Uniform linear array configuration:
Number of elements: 48
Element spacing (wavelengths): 0.75
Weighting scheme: kaiser
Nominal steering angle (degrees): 30
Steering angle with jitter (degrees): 31.708
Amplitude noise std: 0.05
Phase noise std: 0.05

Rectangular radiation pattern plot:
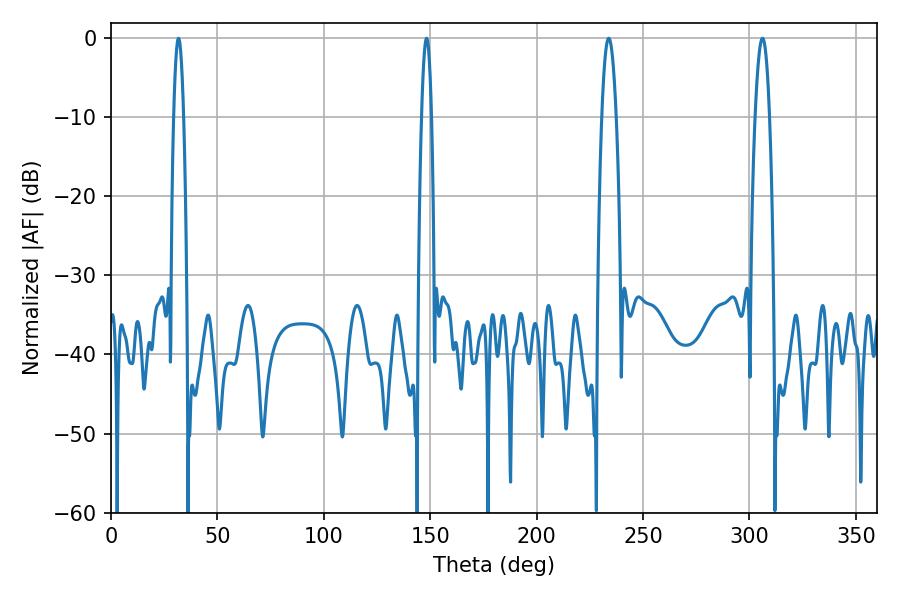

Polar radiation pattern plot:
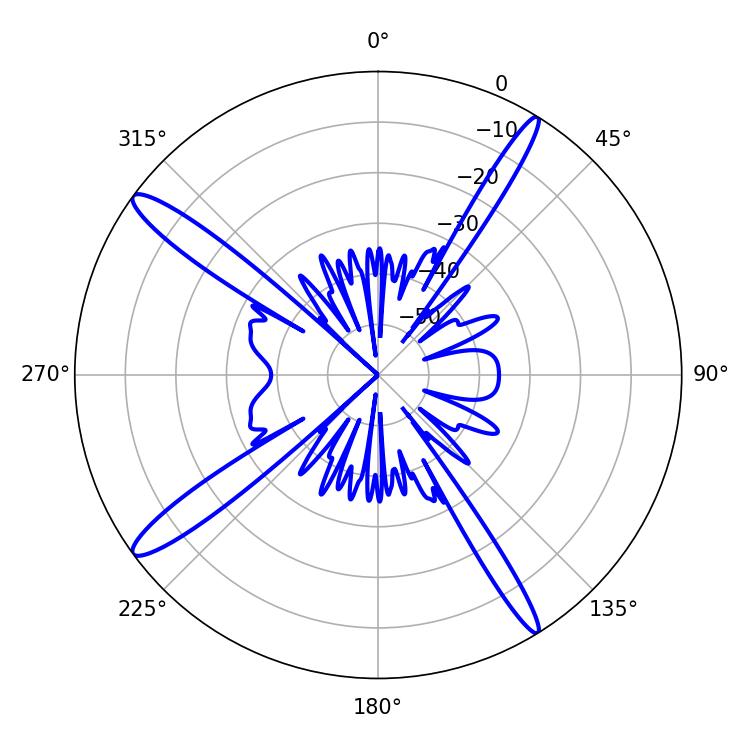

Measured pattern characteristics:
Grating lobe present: TRUE
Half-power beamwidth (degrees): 3.78
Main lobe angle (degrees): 233.82